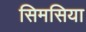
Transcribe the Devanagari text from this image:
सिमसिया